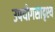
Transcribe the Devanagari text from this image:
उपयोगसादृश्य